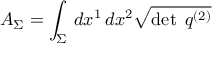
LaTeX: A _ { \Sigma } = \int _ { \Sigma } \, d x ^ { 1 } \, d x ^ { 2 } { \sqrt { \operatorname* { d e t } \; q ^ { ( 2 ) } } }